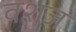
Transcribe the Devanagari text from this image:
वशज